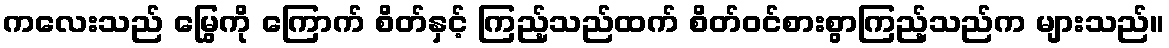
ကလေးသည် မြွေကို ကြောက် စိတ်နှင့် ကြည့်သည်ထက် စိတ်ဝင်စားစွာကြည့်သည်က များသည်။